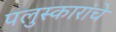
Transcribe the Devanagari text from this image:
पलुस्कारांचे